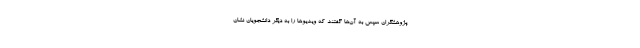
پژوهشگران سپس به آن‌ها گفتند که ویدیوها را به دیگر دانشجویان نشان